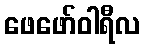
ဖေဖော်ဝါရီလ